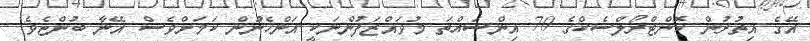
އޭގެ އިތުރުން ކޮންޓްރޯލްސެކްގެ 70 އިންސައްތަ މުވައްޒަފުންނަކީ އަންހެނުން ކަމަށްވެސް އޭނާ ބުންޏެވެ.